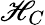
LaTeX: \mathscr{H}_{C}